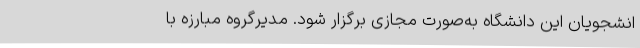
انشجویان این دانشگاه به‌صورت مجازی برگزار شود. مدیرگروه مبارزه با